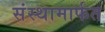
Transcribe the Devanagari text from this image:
संस्थामार्फत